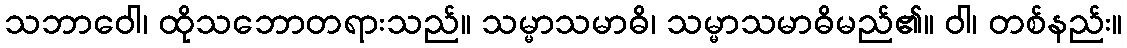
သဘာဝေါ၊ ထိုသဘောတရားသည်။ သမ္မာသမာဓိ၊ သမ္မာသမာဓိမည်၏။ ဝါ၊ တစ်နည်း။